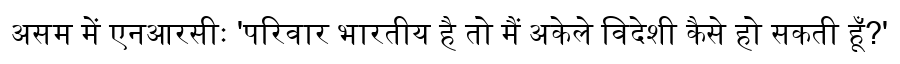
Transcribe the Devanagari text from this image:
असम में एनआरसीः 'परिवार भारतीय है तो मैं अकेले विदेशी कैसे हो सकती हूँ?'